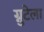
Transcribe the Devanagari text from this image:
ग्नुटेला